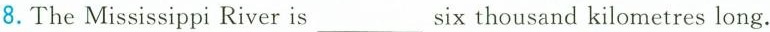
8.The Mississippi River is ___ six thousand kilometres long．